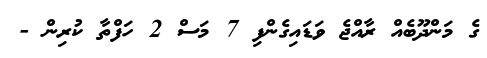
ގެ މަންދޫބެއް ރާއްޖެ ވަޑައިގެންފި 7 މަސް 2 ހަފްތާ ކުރިން -